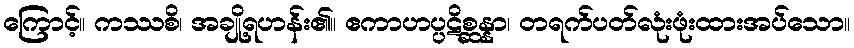
ကြောင့်။ ကဿစိ၊ အချို့ရဟန်း၏။ ဧကာဟပ္ပဋိစ္ဆန္နာ၊ တရက်ပတ်လုံးဖုံးထားအပ်သော။